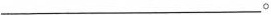
___。